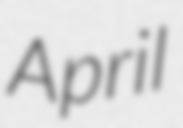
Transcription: April